Vaccination in Bombay 1869-1873 - 1869-1873
Year: 1869
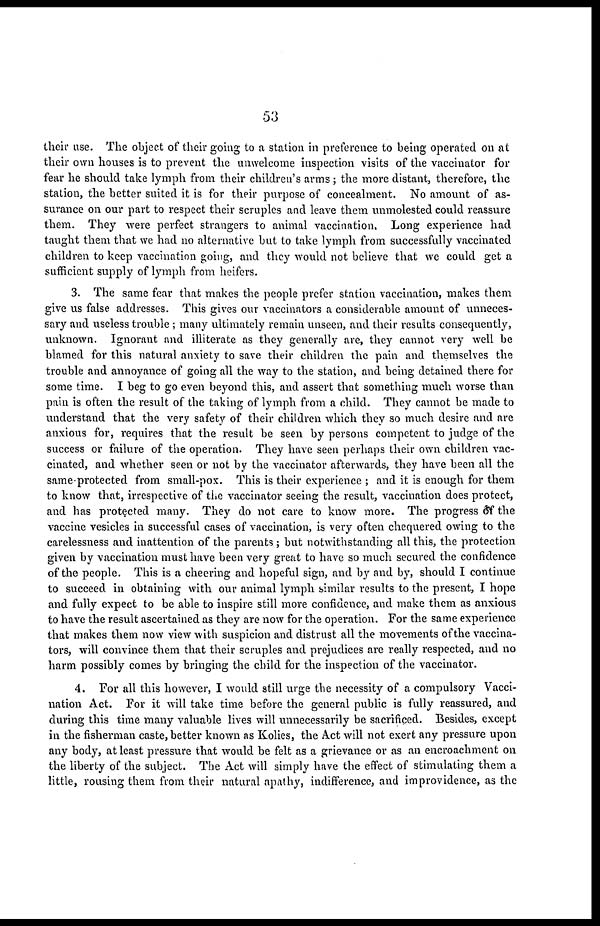
53
their use. The object of their going to a station in preference to being operated on at
their own houses is to prevent the unwelcome inspection visits of the vaccinator for
fear he should take lymph from their children's arms; the more distant, therefore, the
station, the better suited it is for their purpose of concealment. No amount of as-
surance on our part to respect their scruples and leave them unmolested could reassure
them. They were perfect strangers to animal vaccination. Long experience had
taught them that we had no alternative but to take lymph from successfully vaccinated
children to keep vaccination going, and they would not believe that we could get a
sufficient supply of lymph from heifers.
3. The same fear that makes the people prefer station vaccination, makes them
give us false addresses. This gives our vaccinators a considerable amount of unneces-
sary and useless trouble ; many ultimately remain unseen, and their results consequently,
unknown. Ignorant and illiterate as they generally are, they cannot very well be
blamed for this natural anxiety to save their children the pain and themselves the
trouble and annoyance of going all the way to the station, and being detained there for
some time. I beg to go even beyond this, and assert that something much worse than
pain is often the result of the taking of lymph from a child. They cannot be made to
understand that the very safety of their children which they so much desire and are
anxious for, requires that the result be seen by persons competent to judge of the
success or failure of the operation. They have seen perhaps their own children vac-
cinated, and whether seen or not by the vaccinator afterwards, they have been all the
same-protected from small-pox. This is their experience ; and it is enough for them
to know that, irrespective of the vaccinator seeing the result, vaccination does protect,
and has protected many. They do not care to know more. The progress of the
vaccine vesicles in successful cases of vaccination, is very often chequered owing to the
carelessness and inattention of the parents ; but notwithstanding all this, the protection
given by vaccination must have been very great to have so much secured the confidence
of the people. This is a cheering and hopeful sign, and by and by, should I continue
to succeed in obtaining with our animal lymph similar results to the present, I hope
and fully expect to be able to inspire still more confidence, and make them as anxious
to have the result ascertained as they are now for the operation. For the same experience
that makes them now view with suspicion and distrust all the movements of the vaccina-
tors, will convince them that their scruples and prejudices are really respected, and no
harm possibly comes by bringing the child for the inspection of the vaccinator.
4. For all this however, I would still urge the necessity of a compulsory Vacci-
nation Act. For it will take time before the general public is fully reassured, and
during this time many valuable lives will unnecessarily be sacrificed. Besides, except
in the fisherman caste, better known as Kolies, the Act will not exert any pressure upon
any body, at least pressure that would be felt as a grievance or as an encroachment on
the liberty of the subject. The Act will simply have the effect of stimulating them a
little, rousing them from their natural apathy, indifference, and improvidence, as the